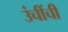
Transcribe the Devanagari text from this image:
उंचींची